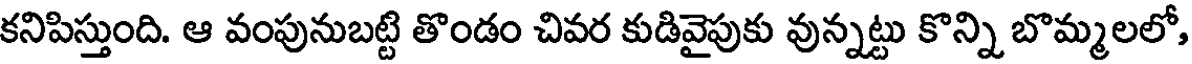
కనిపిస్తుంది. ఆ వంపునుబట్టి తొండం చివర కుడివైపుకు వున్నట్టు కొన్ని బొమ్మలలో,